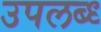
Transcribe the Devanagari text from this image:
उपलब्ध्‍